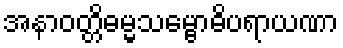
အနာဝတ္တိဓမ္မသမ္ဗောဓိပရာယဏာ